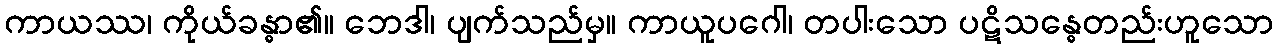
ကာယဿ၊ ကိုယ်ခန္ဓာ၏။ ဘေဒါ၊ ပျက်သည်မှ။ ကာယူပဂေါ၊ တပါးသော ပဋိသန္ဓေတည်းဟူသော